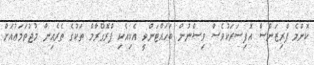
ކޮންމެ ޕްރިޒަންސް އޮފިސަރަކުވެސް ވިސްނުން ބަހައްޓަންވީ އެކިއެކި ޕްރޮގްރާމް ތަކުގެ ތެރެއިން މުޖުތަމަޢުއަށް